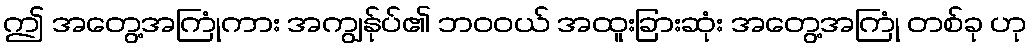
ဤ အတွေ့အကြုံကား အကျွန်ုပ်၏ ဘဝဝယ် အထူးခြားဆုံး အတွေ့အကြုံ တစ်ခု ဟု